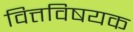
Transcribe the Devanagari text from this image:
वित्तविषयक